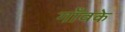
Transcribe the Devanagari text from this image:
गाँवके